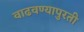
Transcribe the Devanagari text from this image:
वाढवण्यापुरती